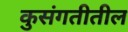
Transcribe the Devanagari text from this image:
कुसंगतीतील